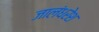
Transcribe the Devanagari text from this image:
जालंधरेश